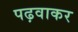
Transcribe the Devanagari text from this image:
पढ़वाकर